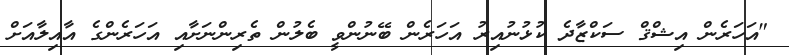
"އަހަރެން އިޝްޤް ސަކްޒާދެ ކުޅުނުއިރު އަހަރެން ބޭނުންވީ ބެލުން ތެރިންނަށާއި އަހަރެންގެ އާއިލާއަށް